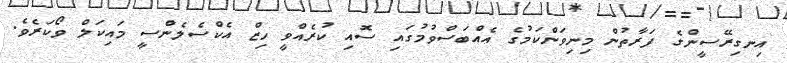
އިނގިރޭސީންގެ ފަރާތުން މިނިވަންކަމުގެ އެއްބަސްވުމުގައި ސޮއި ކުރެއްވީ ހިޒް އެކްސެލެންސީ މައިކަލް ވޯކަރެވެ.